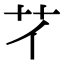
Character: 𦫻